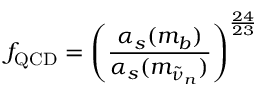
f _ { \mathrm { { Q C D } } } = \left( \frac { \alpha _ { s } ( m _ { b } ) } { \alpha _ { s } ( m _ { \tilde { \nu } _ { n } } ) } \right) ^ { \frac { 2 4 } { 2 3 } }